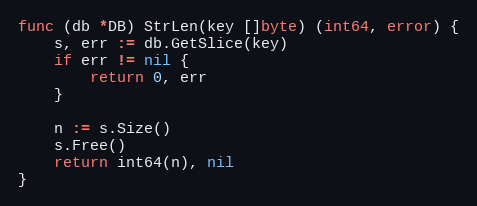
Language: Go
func (db *DB) StrLen(key []byte) (int64, error) {
	s, err := db.GetSlice(key)
	if err != nil {
		return 0, err
	}

	n := s.Size()
	s.Free()
	return int64(n), nil
}